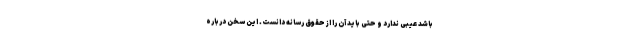
باشد عیبی ندارد و حتی باید آن را از حقوق رسانه دانست. این سخن درباره